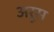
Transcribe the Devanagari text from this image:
अरूस